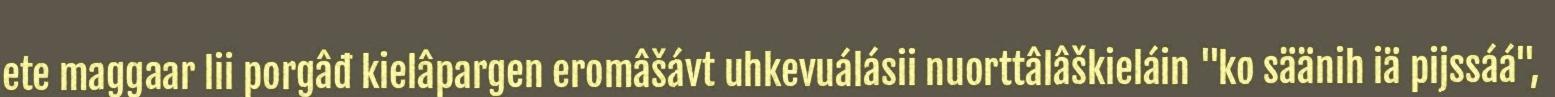
ete maggaar lii porgâđ kielâpargen eromâšávt uhkevuálásii nuorttâlâškieláin "ko säänih iä pijssáá",